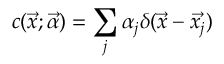
c ( \vec { x } ; \vec { \alpha } ) = \sum _ { j } \alpha _ { j } \delta ( \vec { x } - \vec { x _ { j } } )